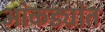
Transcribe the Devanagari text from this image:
आंकड्यांत